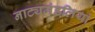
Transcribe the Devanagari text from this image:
नाट्यमंडलियां